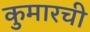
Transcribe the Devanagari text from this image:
कुमारची